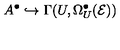
A ^ { \bullet } \hookrightarrow \Gamma ( U , \Omega _ { U } ^ { \bullet } ( { \cal E } ) )